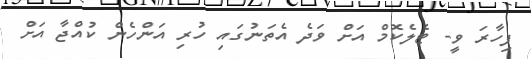
ފިހާރަ ވީ- ޓެލެކޮމް އަށް ވަދެ އެތަނުގައި ހުރި އަންހެން ކުއްޖާ އަށް